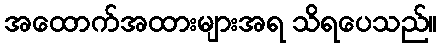
အထောက်အထားများအရ သိရပေသည်။